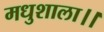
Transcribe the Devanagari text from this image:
मधुशाला।।